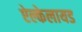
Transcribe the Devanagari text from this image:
ऐल्केलायड